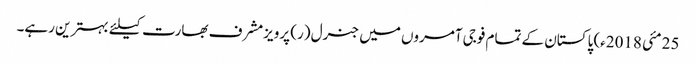
25 مئی 2018ء) پاکستان کے تمام فوجی آمروں میں جنرل (ر) پرویزمشرف بھارت کیلئے بہترین رہے۔